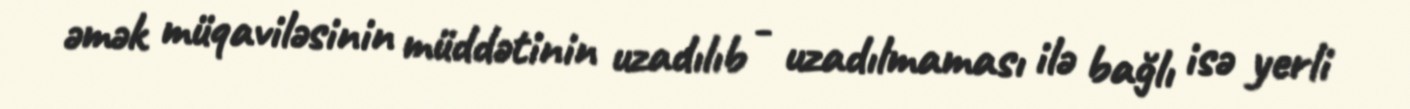
əmək müqaviləsinin müddətinin uzadılıb - uzadılmaması ilə bağlı isə yerli